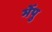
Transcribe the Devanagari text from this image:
भेँपु